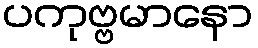
ပကုဗ္ဗမာနော